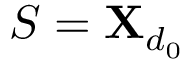
S = \mathbf { X } _ { d _ { 0 } }